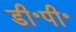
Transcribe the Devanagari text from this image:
डी॰पी॰